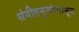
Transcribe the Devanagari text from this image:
संगीतनृत्यांपासून